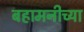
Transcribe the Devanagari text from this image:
बहामनीच्या